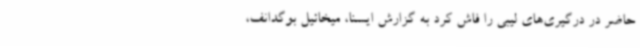
حاضر در درگیری‌های لیبی را فاش کرد به گزارش ایسنا، میخائیل بوگدانف،